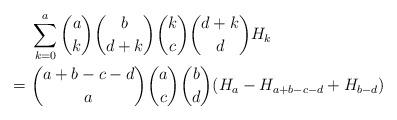
LaTeX: \begin{align*} & \sum_{k=0}^a \binom{a}{k}\binom{b}{d+k}\binom{k}{c}\binom{d+k}{d}H_k \\={} & \binom{a+b-c-d}{a}\binom{a}{c}\binom{b}{d}(H_a-H_{a+b-c-d}+H_{b-d})\end{align*}